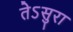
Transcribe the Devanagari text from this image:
तेऽसुरा